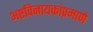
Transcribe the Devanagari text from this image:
अष्टविनायकांप्रमाणे